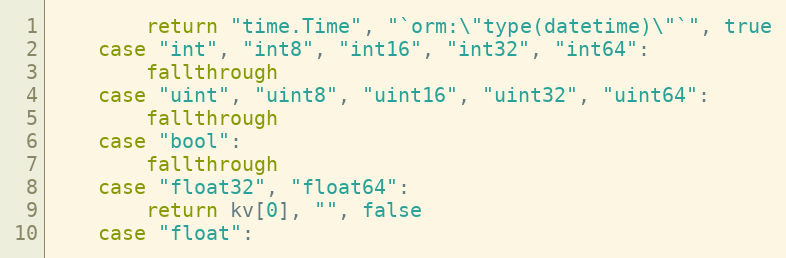
Language: Go
		return "time.Time", "`orm:\"type(datetime)\"`", true
	case "int", "int8", "int16", "int32", "int64":
		fallthrough
	case "uint", "uint8", "uint16", "uint32", "uint64":
		fallthrough
	case "bool":
		fallthrough
	case "float32", "float64":
		return kv[0], "", false
	case "float":